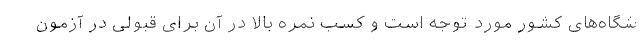
شگاه‌های کشور مورد توجه است و کسب نمره بالا در آن برای قبولی در آزمون